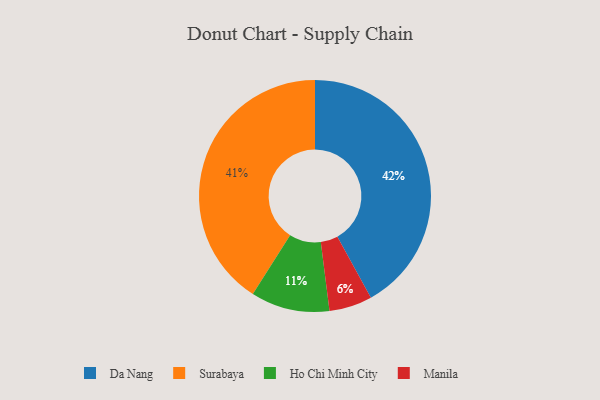
{"axis": {"x": "Category", "y": "Percentage"}, "legend": ["Da Nang", "Ho Chi Minh City", "Manila", "Surabaya"], "data": [{"x": "Da Nang", "y": 42, "type": "Da Nang"}, {"x": "Surabaya", "y": 41, "type": "Surabaya"}, {"x": "Ho Chi Minh City", "y": 11, "type": "Ho Chi Minh City"}, {"x": "Manila", "y": 6, "type": "Manila"}]}